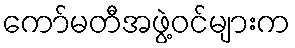
ကော်မတီအဖွဲ့ဝင်များက